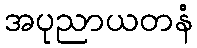
အပုညာယတနံ